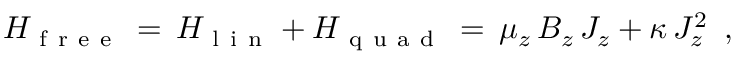
H _ { \mathrm { ~ f ~ r ~ e ~ e ~ } } \, = \, H _ { \mathrm { ~ l ~ i ~ n ~ } } + H _ { \mathrm { ~ q ~ u ~ a ~ d ~ } } \, = \, \mu _ { z } \, B _ { z } \, J _ { z } + \kappa \, J _ { z } ^ { 2 } \, \mathrm { ~ , ~ }